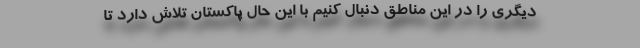
دیگری را در این مناطق دنبال کنیم با این حال پاکستان تلاش دارد تا